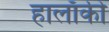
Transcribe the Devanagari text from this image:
हालाँकी